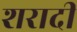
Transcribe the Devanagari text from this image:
शरादी